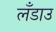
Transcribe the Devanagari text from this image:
लँडाउ